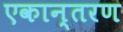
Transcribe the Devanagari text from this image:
एकान्तरण